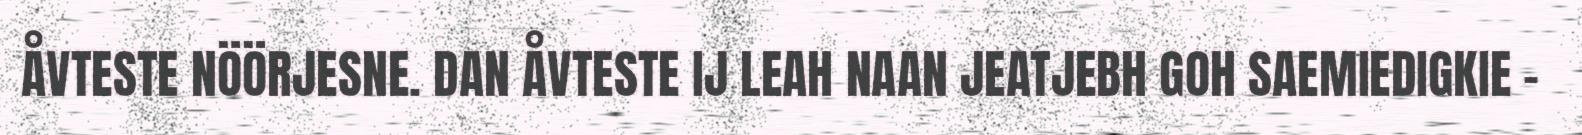
ÅVTESTE NÖÖRJESNE. DAN ÅVTESTE IJ LEAH NAAN JEATJEBH GOH SAEMIEDIGKIE –